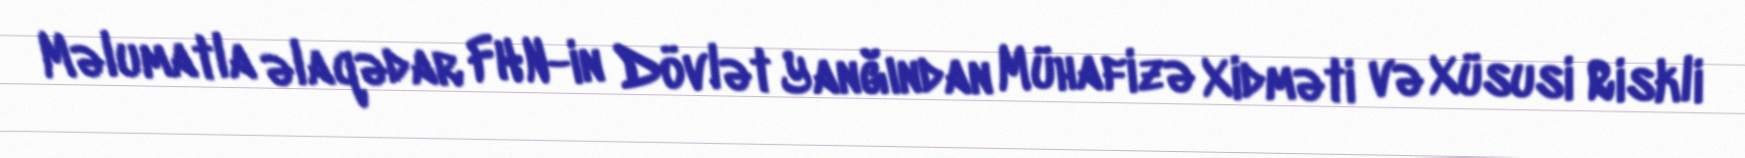
Məlumatla əlaqədar FHN-in Dövlət Yanğından Mühafizə Xidməti və Xüsusi Riskli